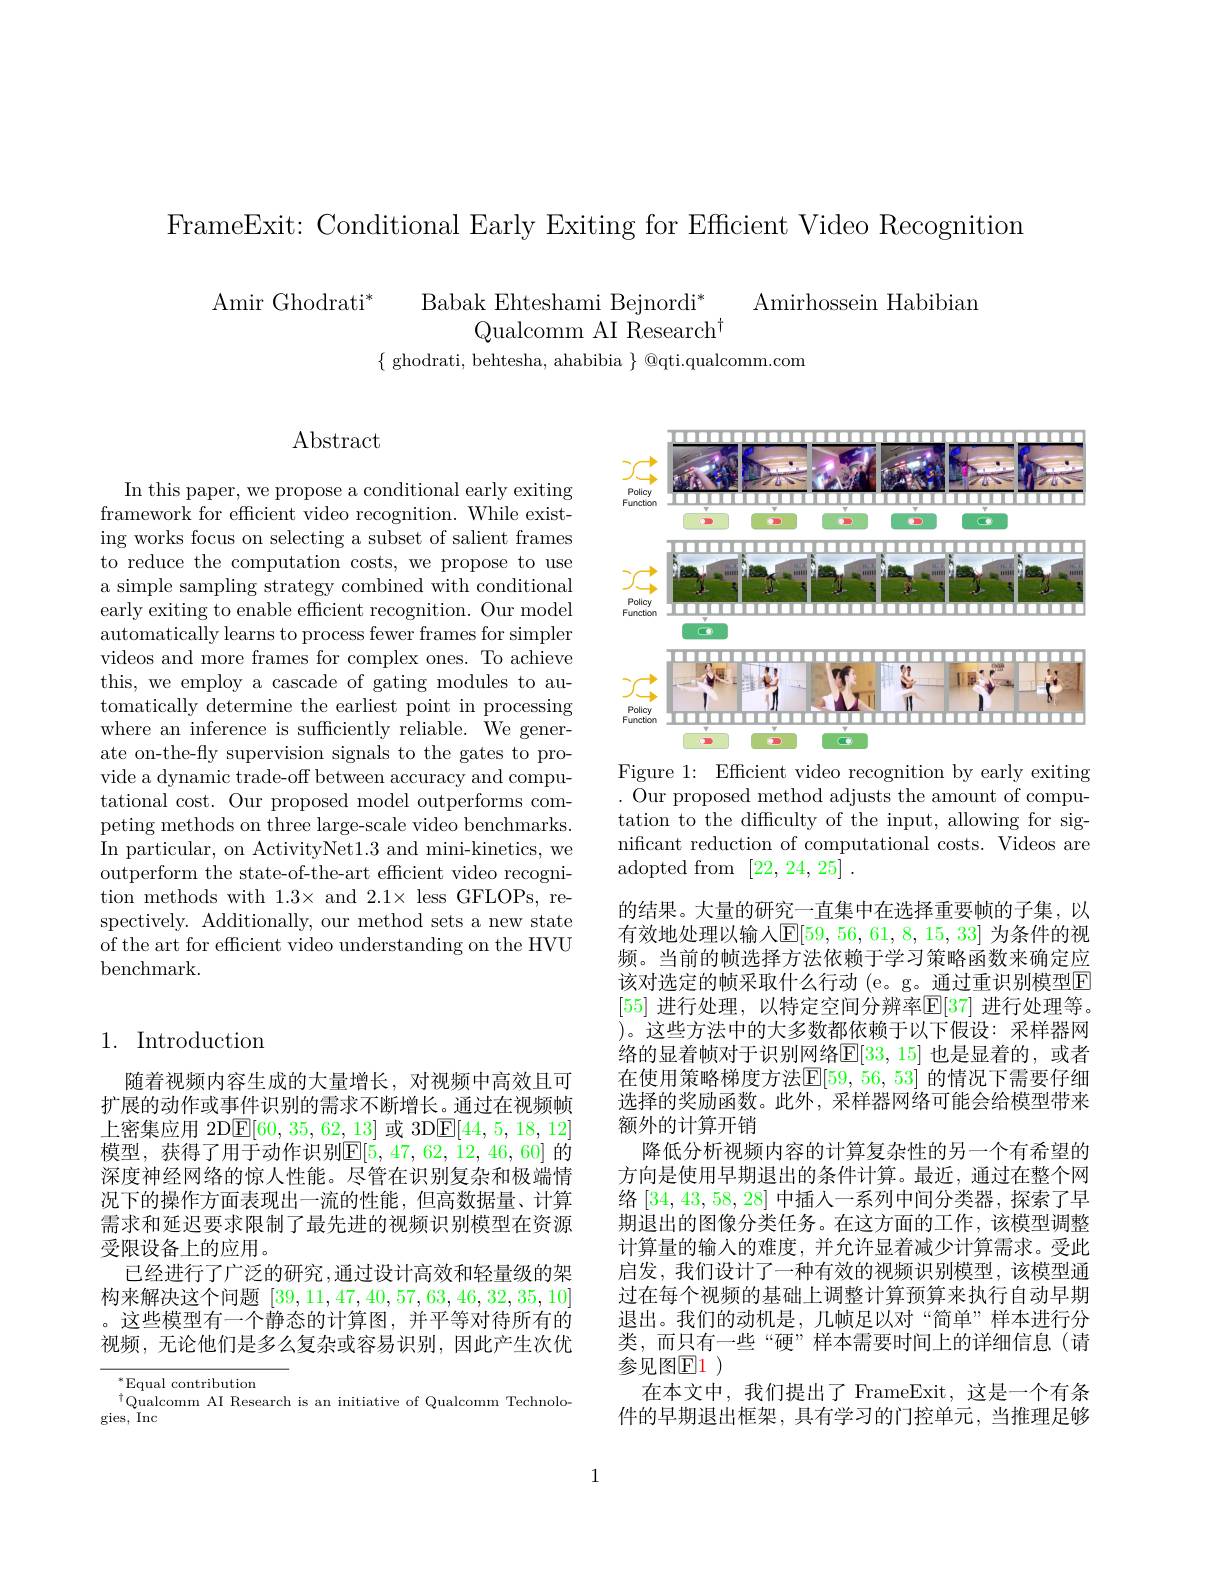
FrameExit: Conditional Early Exiting for Efficient Video Recognition

$\mathrm{Amir~Ghodrati}^{*}$
Babak Ehteshami Bejnordi*
Amirhossein Habibian
Qualcomm AI Research$^{\dagger}$
$\{$ ghodrati, behtesha, ahabibia $\}$ @qti.qualcomm.com

Abstract

In this paper, we propose a conditional early exiting framework for efficient video recognition. While existing works focus on selecting a subset of salient frames to reduce the computation costs, we propose to use a simple sampling strategy combined with conditional early exiting to enable efficient recognition. Our model automatically learns to process fewer frames for simpler videos and more frames for complex ones. To achieve this, we employ a cascade of gating modules to automatically determine the earliest point in processing where an inference is sufficiently reliable. We generate on-the-fly supervision signals to the gates to provide a dynamic trade-off between accuracy and computational cost. Our proposed model outperforms competing methods on three large-scale video benchmarks. In particular, on ActivityNet1.3 and mini-kinetics, we outperform the state-of-the-art efficient video recognition methods with 1.3× and 2.1× less GFLOPs, respectively. Additionally, our method sets a new state of the art for efficient video understanding on the HVU benchmark.

## 1. Introduction

随着视频内容生成的大量增长，对视频中高效且可扩展的动作或事件识别的需求不断增长。通过在视频帧上密集应用 2D$\underline{\mathrm{E}}[60,35,62,13]$或 3D$\underline{\mathrm{E}}[44,5,18,12]$ 模型，获得了用于动作识别$\mathbb{E}[5,47,62,12,46,60]$ 的深度神经网络的惊人性能。尽管在识别复杂和极端情况下的操作方面表现出一流的性能，但高数据量、计算需求和延迟要求限制了最先进的视频识别模型在资源受限设备上的应用。
已经进行了广泛的研究，通过设计高效和轻量级的架构来解决这个问题[39,11,47,40,57,63,46,32,35,10] 。这些模型有一个静态的计算图，并平等对待所有的视频，无论他们是多么复杂或容易识别，因此产生次优

$^*$Equal contribution
$^{\dagger}$Qualcomm AI Research is an initiative of Qualcomm Technolo-
gies, Inc

<FigureHere>

Figure 1: Efficient video recognition by early exiting . Our proposed method adjusts the amount of computation to the difficulty of the input, allowing for significant reduction of computational costs. Videos are adopted from [22,24,25].
的结果。大量的研究一直集中在选择重要帧的子集，以有效地处理以输人$\mathbb{E}[59,56,61,8,15,33]$ 为条件的视频。当前的帧选择方法依赖于学习策略函数来确定应该对选定的帧采取什么行动 (e。g。通过重识别模型$\mathbb{E}$ [55] 进行处理，以特定空间分辨率$\mathbb{E}[37]$ 进行处理等。)。这些方法中的大多数都依赖于以下假设：采样器网络的显着帧对于识别网络$\mathbb{E}[33,15]$ 也是显着的，或者在使用策略梯度方法$\mathbb{E}[59,56,53]$ 的情况下需要仔细选择的奖励函数。此外，采样器网络可能会给模型带来额外的计算开销
降低分析视频内容的计算复杂性的另一个有希望的方向是使用早期退出的条件计算。最近，通过在整个网络[34,43,58,28]中插入一系列中间分类器，探索了早期退出的图像分类任务。在这方面的工作，该模型调整计算量的输入的难度，并允许显着减少计算需求。受此启发，我们设计了一种有效的视频识别模型，该模型通过在每个视频的基础上调整计算预算来执行自动早期退出。我们的动机是，几帧足以对“简单”样本进行分类，而只有一些“硬”样本需要时间上的详细信息(请参见图$\mathbb{E}1$ )
在本文中，我们提出了 FrameExit,这是一个有条件的早期退出框架，具有学习的门控单元，当推理足够

1